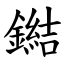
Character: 鐑